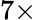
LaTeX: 7\times